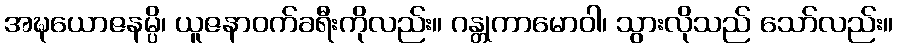
အဍ္ဎယောဇနမ္ပိ၊ ယူဇနာဝက်ခရီးကိုလည်း။ ဂန္တုကာမောဝါ၊ သွားလိုသည် သော်လည်း။